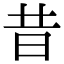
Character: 昔